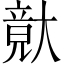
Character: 𡙴